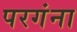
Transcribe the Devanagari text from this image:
परगंना